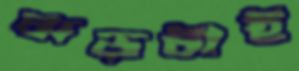
ঝড়টাই